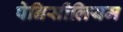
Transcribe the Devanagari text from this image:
पेनिसीलियम